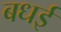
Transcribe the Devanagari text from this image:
बधई